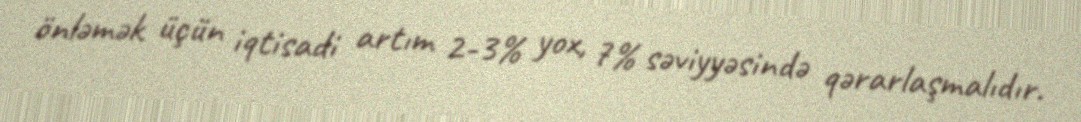
önləmək üçün iqtisadi artım 2-3% yox, 7% səviyyəsində qərarlaşmalıdır.